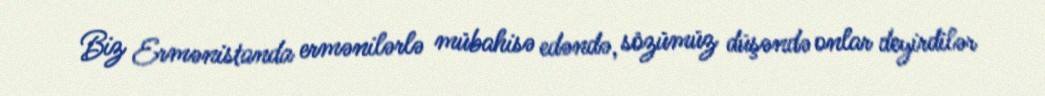
Biz Ermənistanda ermənilərlə mübahisə edəndə, sözümüz düşəndə onlar deyirdilər